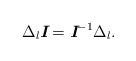
\begin{align*} \Delta _l\textit{\textbf{I}} = \textit{\textbf{I}}^{-1}\Delta _l.\end{align*}